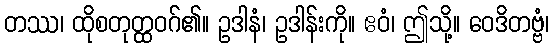
တဿ၊ ထိုစတုတ္ထဝဂ်၏။ ဥဒါနံ၊ ဥဒါန်းကို။ ဧဝံ၊ ဤသို့။ ဝေဒိတဗ္ဗံ၊